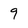
Character: 9